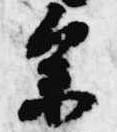
参